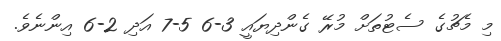
މި މެޗުގެ ސެޓުތަށް މުރޭ ގެންދިޔައީ 3-6 5-7 އަދި 2-6 އިންނެވެ.